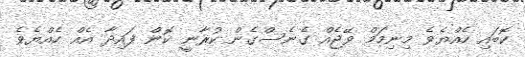
ކޮބައި ހެއްޔެވެ މިނިމަމް ވޭޖެއް ގެނެސްގެން ކުރާނީ ކޮން ފައިދާ އެއް ހެއްޔެވެ